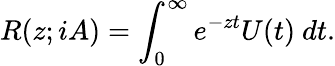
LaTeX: R(z;iA)=\int_{0}^{\infty}e^{-zt}U(t)~dt.